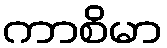
ကာစိမာ